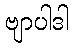
ဗျာပါဒါ